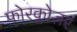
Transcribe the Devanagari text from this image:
फोरक्लोज़र